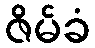
ဇိမ်ခံ